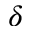
\delta